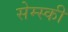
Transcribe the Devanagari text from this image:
सेम्स्की